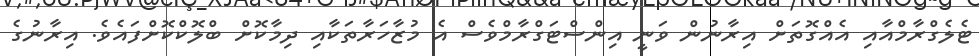
ޓެލެގްރާމްއާއި އެއްގޮތަށް އިރާނުން ވަނީ އިންސްޓަގްރާމްވެސް އެ މުޒާހަރާތަކާއި ދިމާކޮށް ބްލޮކްކޮށްފައެވެ. އިރާނުގެ